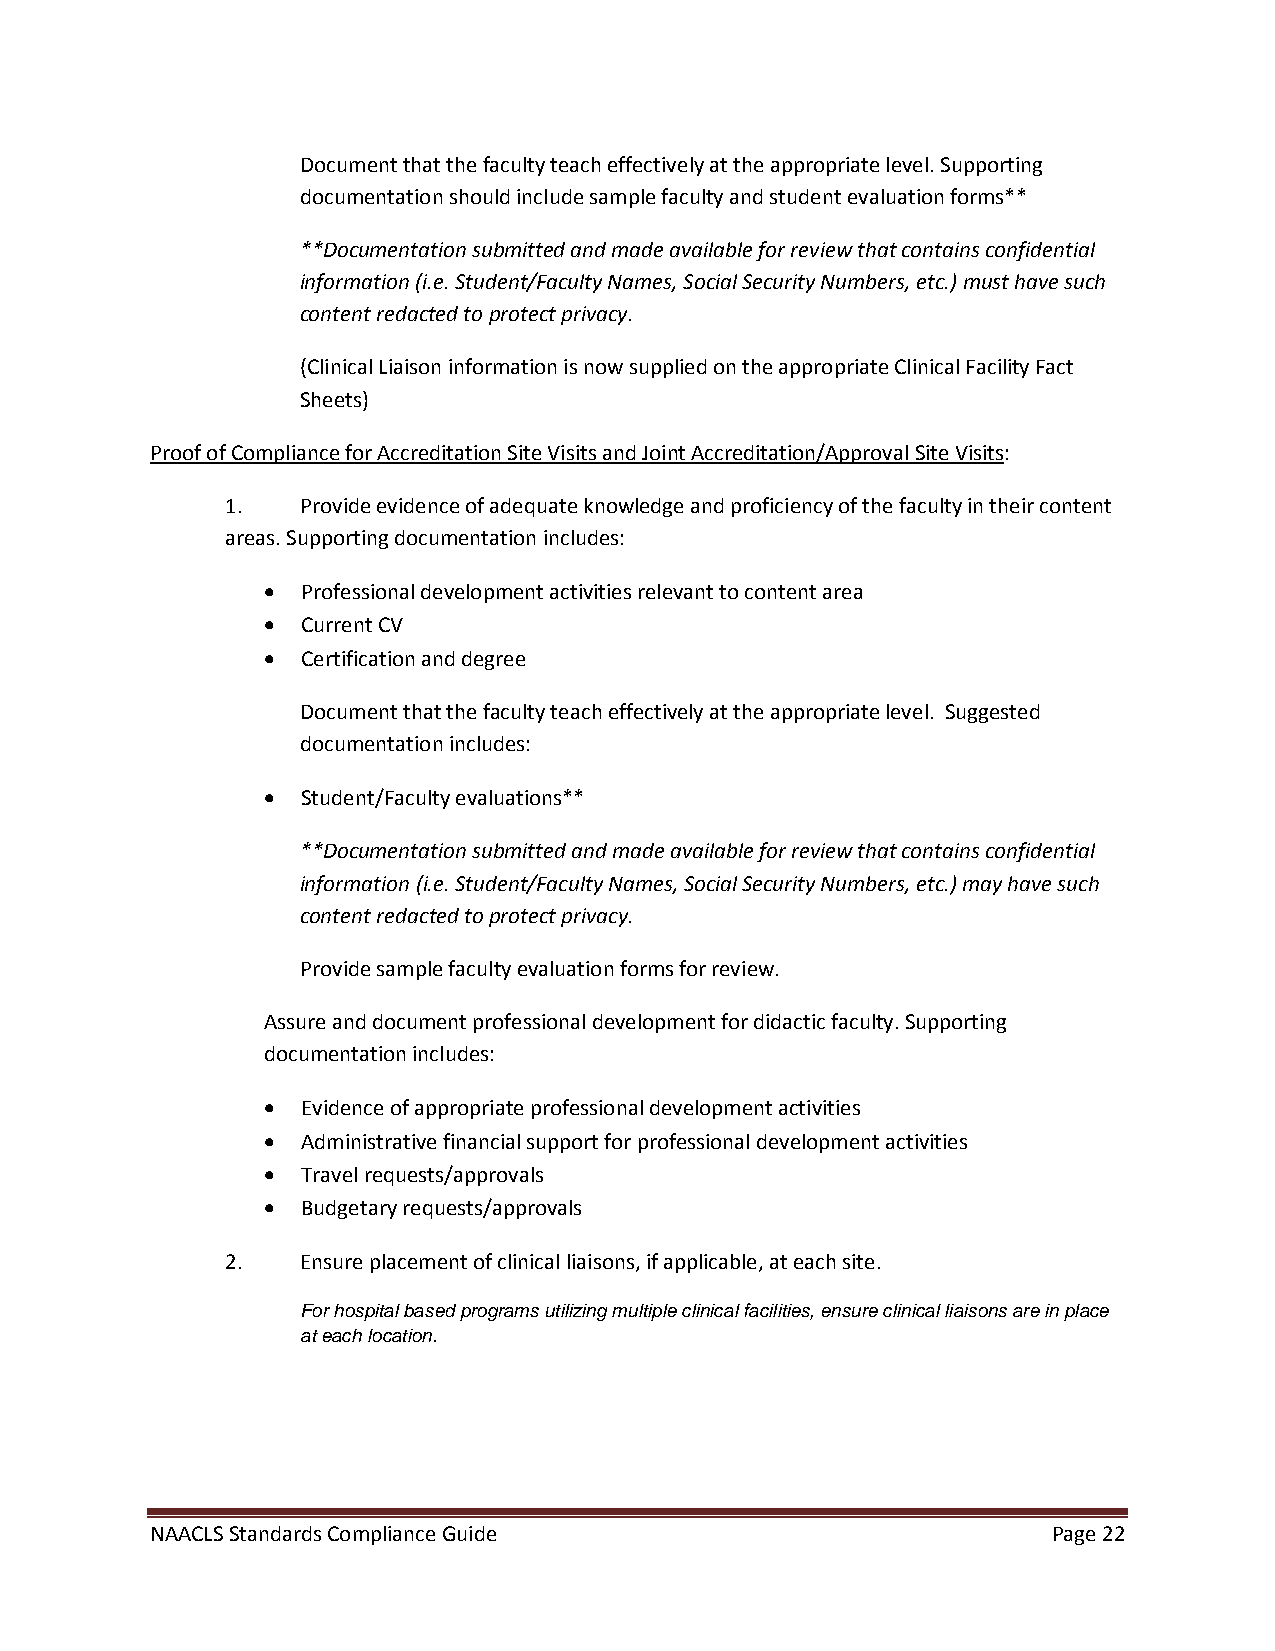
Document that the faculty teach effectively at the appropriate level. Supporting
 documentation should include sample faculty and student evaluation forms**
 **Documentation submitted and made available for review that contains confidential
 information (i.e. Student/Faculty Names, Social Security Numbers, etc.) must have such
 content redacted to protect privacy.
 (Clinical Liaison information is now supplied on the appropriate Clinical Facility Fact
 Sheets)
 Proof of Compliance for Accreditation Site Visits and Joint Accreditation/Approval Site Visits:
 1.   Provide evidence of adequate knowledge and proficiency of the faculty in their content
 areas. Supporting documentation includes:
 •  Professional development activities relevant to content area
 •  Current CV
 •  Certification and degree
 Document that the faculty teach effectively at the appropriate level. Suggested
 documentation includes:
 •  Student/Faculty evaluations**
 **Documentation submitted and made available for review that contains confidential
 information (i.e. Student/Faculty Names, Social Security Numbers, etc.) may have such
 content redacted to protect privacy.
 Provide sample faculty evaluation forms for review.
 Assure and document professional development for didactic faculty. Supporting
 documentation includes:
 •  Evidence of appropriate professional development activities
 •  Administrative financial support for professional development activities
 •  Travel requests/approvals
 •  Budgetary requests/approvals
 2.   Ensure placement of clinical liaisons, if applicable, at each site.
 For hospital based programs utilizing multiple clinical facilities, ensure clinical liaisons are in place
 at each location.
 NAACLS Standards Compliance Guide                           Page 22